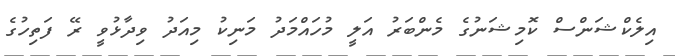
އިލެކްޝަންސް ކޮމިޝަނުގެ މެންބަރު އަލީ މުހައްމަދު މަނިކު މިއަދު ވިދާޅުވީ ރޭ ފަތިހުގެ